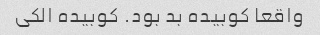
واقعا کوبیده بد بود. کوبیده الکی